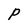
Character: p